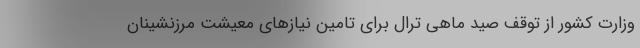
وزارت کشور از توقف صید ماهی ترال برای تامین نیازهای معیشت مرزنشینان